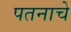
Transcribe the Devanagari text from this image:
पतनाचे